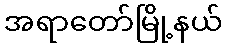
အရာတော်မြို့နယ်